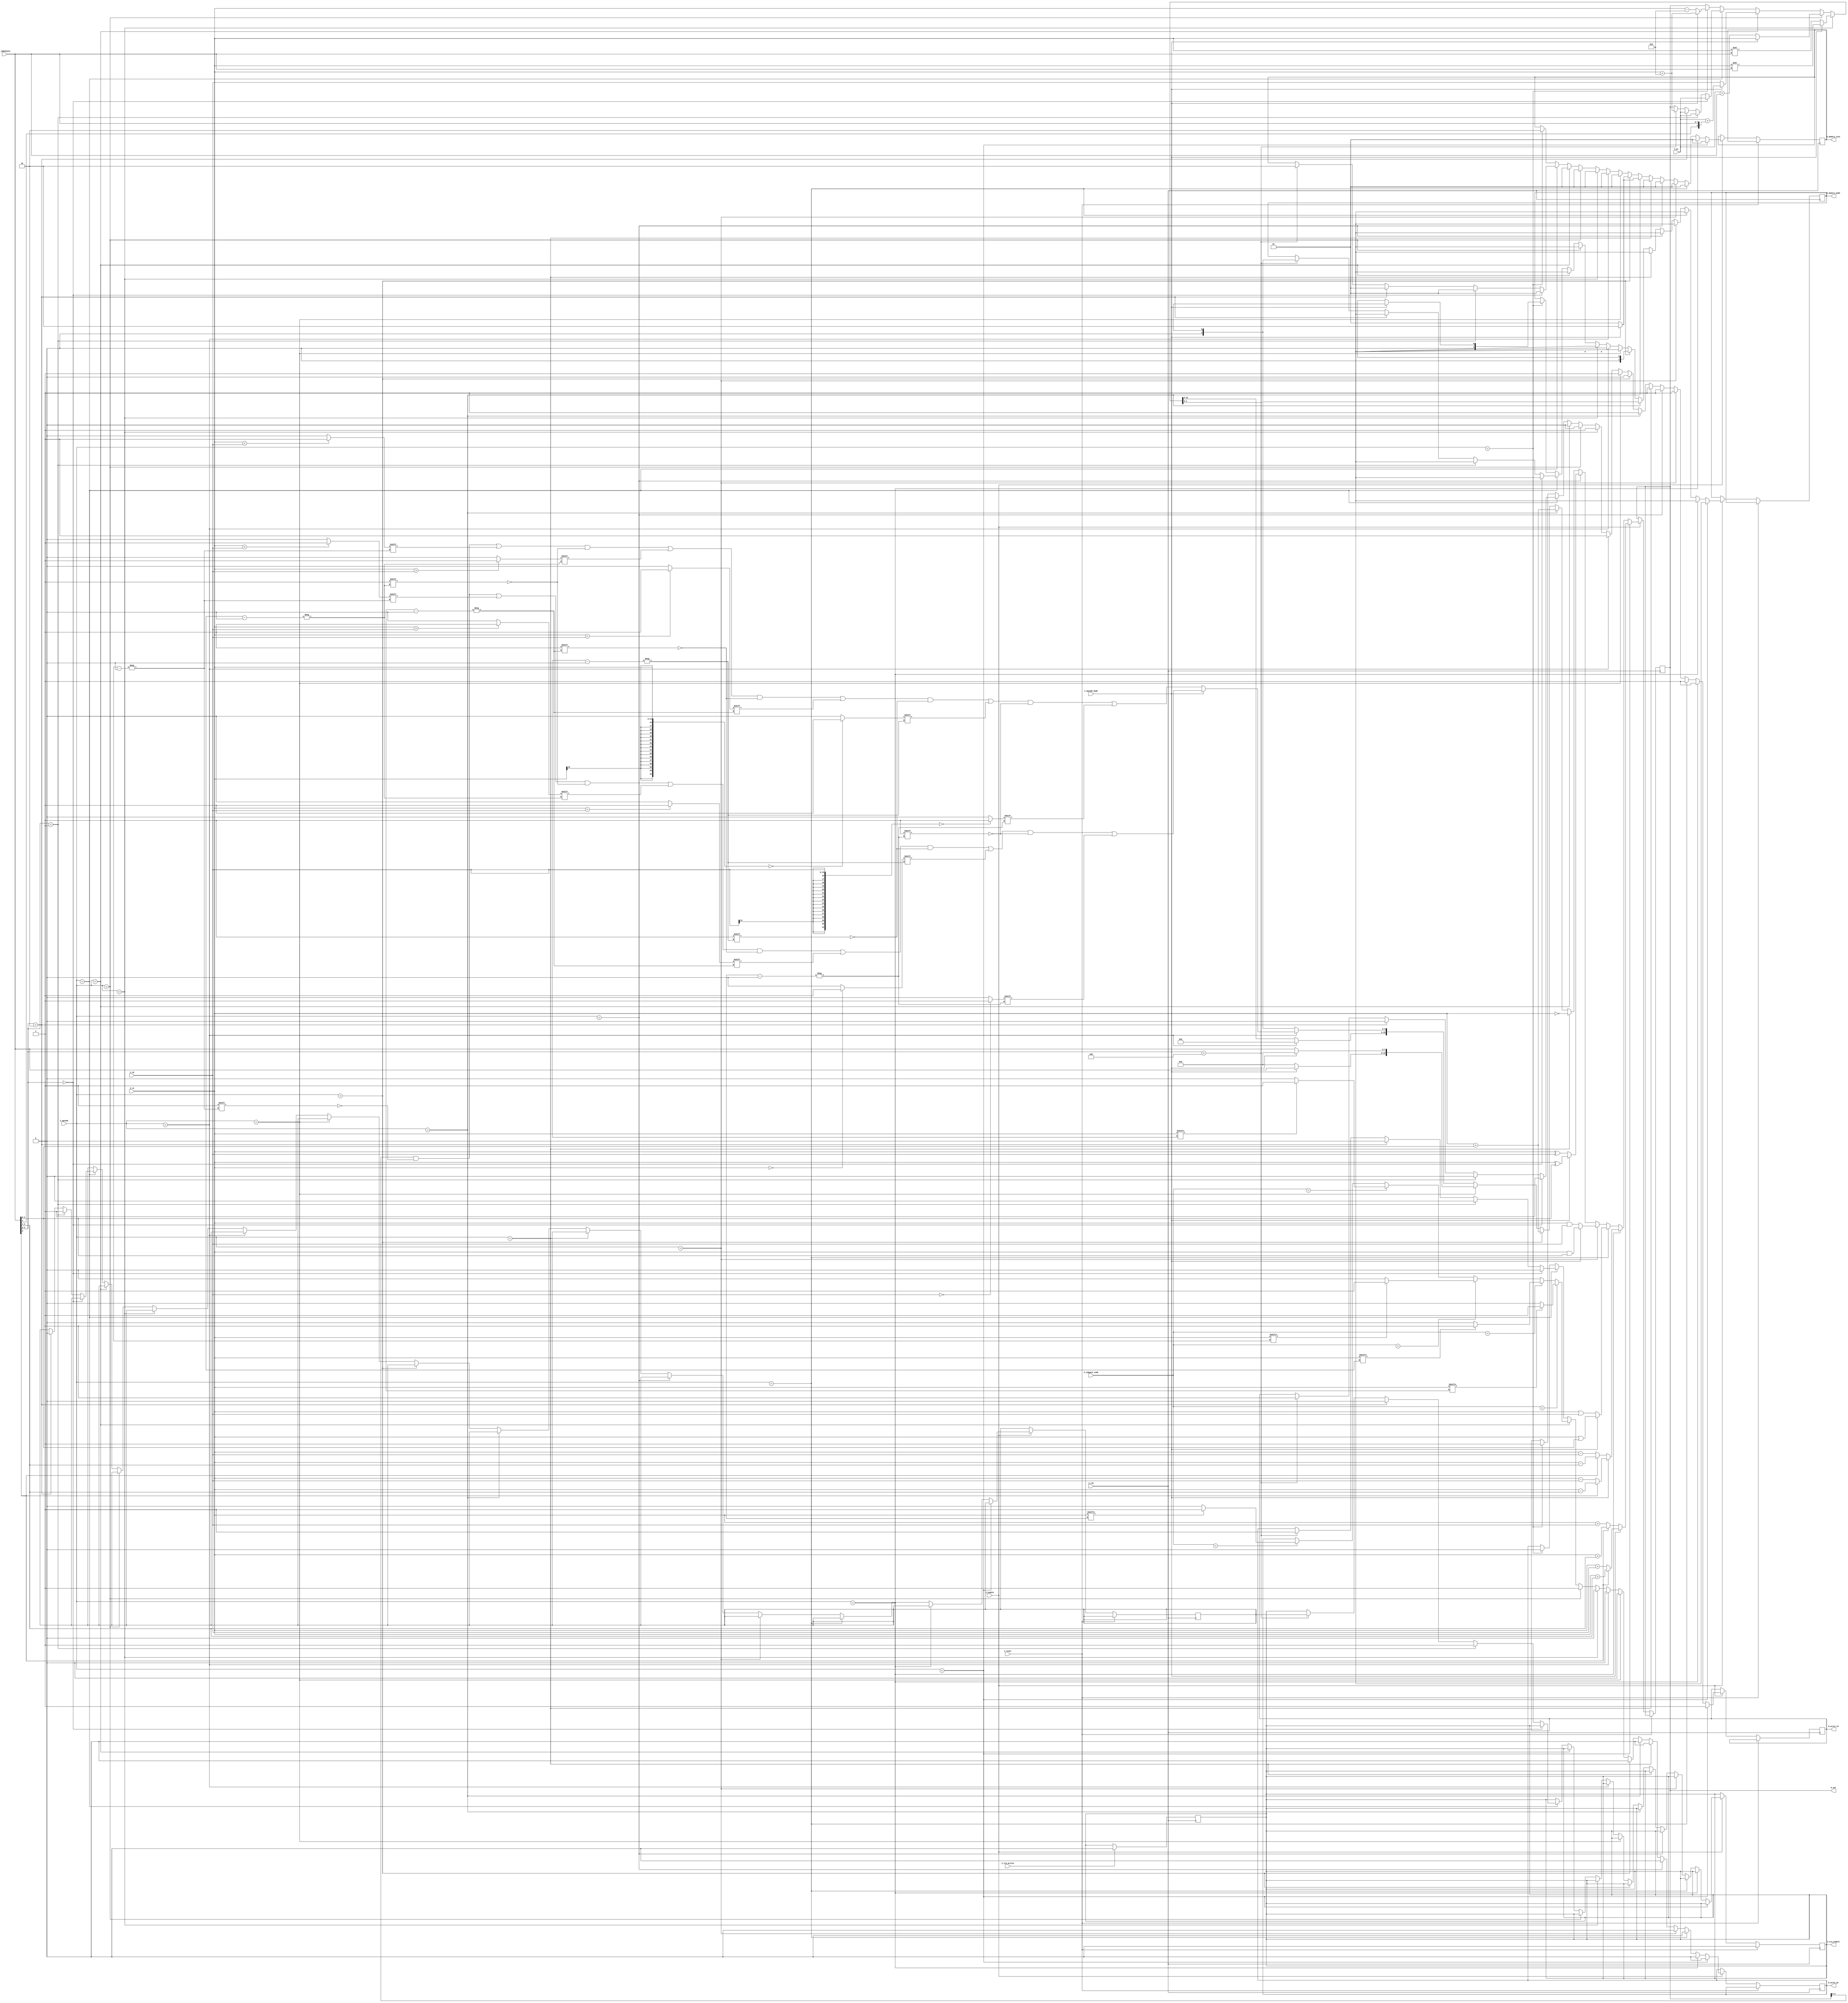
module alu(input wire I_clk,
    input wire I_reset,
    input wire I_enable,
    input wire[3:0] I_opcode,
    input wire I_opcode_mode,
    input wire[7:0] I_immediate,
    input wire[15:0] I_pc,
    input wire[15:0] I_rA,
    input wire[15:0] I_rB,
    input wire[2:0] I_compare_code,
    input wire I_irq_active,
    output reg[15:0] O_out,
    output reg O_write_rD,
    output reg O_write_pc,
    output reg O_irq_enable,
    output reg[1:0] O_memory_size,
    output reg[1:0] O_memory_mode);

localparam OPCODE_MODE_SIGNED = 1'b0;
localparam OPCODE_MODE_UNSIGNED = 1'b1;

localparam OPCODE_MODE_HI = 1'b1;
localparam OPCODE_MODE_LO = 1'b0;

localparam OPCODE_MODE_IMMEDIATE = 1'b1;

reg irq_recover = 0;

always @(posedge I_clk)
begin: IRQ_ACTIVE
    // ctrl-unit entered an interrupt
    // -> disable interrupts
    if (I_irq_active) begin
        O_irq_enable <= 0;
    end
end

always @(posedge I_clk)
begin: ALU
    if (I_reset) begin
        O_irq_enable <= 0;
    end
    else if (I_enable == 1) begin
        if (I_opcode == ADD)
        begin
            if (I_opcode_mode == OPCODE_MODE_SIGNED)
            begin
                if (I_immediate[0] == 1) begin
                    O_out <= $signed(I_rA) + $signed({{12{I_immediate[4]}}, I_immediate[4:1]});
                end
                else begin
                    O_out <= $signed(I_rA) + $signed(I_rB);
                end
            end
            else begin
                if (I_immediate[0] == 1) begin
                    O_out <= $unsigned(I_rA) + $unsigned({12'b0, I_immediate[4:1]});
                end
                else begin
                    O_out <= $unsigned(I_rA) + $unsigned(I_rB);
                end
            end
            O_write_pc <= 0;
            O_write_rD <= 1;
            O_memory_mode <= MEM_NOP;
            O_memory_size <= 1;
        end
        else if (I_opcode == SUB)
        begin
            if (I_opcode_mode == OPCODE_MODE_SIGNED)
            begin
                if (I_immediate[0] == 1) begin
                    O_out <= $signed(I_rA) - $signed({{12{I_immediate[4]}}, I_immediate[4:1]});
                end
                else begin
                    O_out <= $signed(I_rA) - $signed(I_rB);
                end
            end
            else begin
                if (I_immediate[0] == 1) begin
                    O_out <= $unsigned(I_rA) - $signed({12'b0, I_immediate[4:1]});
                end
                else begin
                    O_out <= $unsigned(I_rA) - $unsigned(I_rB);
                end
            end
            O_write_pc <= 0;
            O_write_rD <= 1;
            O_memory_mode <= MEM_NOP;
            O_memory_size <= 1;
        end
        else if (I_opcode == OR)
        begin
            if (I_opcode_mode == OPCODE_MODE_IMMEDIATE) begin
                O_out <= I_rA | {11'b0, I_immediate[4:0]};
            end 
            else begin 
                O_out <= I_rA | I_rB;
            end
            O_write_pc <= 0;
            O_write_rD <= 1;
            O_memory_mode <= MEM_NOP;
            O_memory_size <= 1;
        end
        else if (I_opcode == AND)
        begin
            if (I_opcode_mode == OPCODE_MODE_IMMEDIATE) begin
                O_out <= I_rA & {11'b0, I_immediate[4:0]};
            end 
            else begin 
                O_out <= I_rA & I_rB;
            end
            O_write_pc <= 0;
            O_write_rD <= 1;
            O_memory_mode <= MEM_NOP;
            O_memory_size <= 1;
        end
        else if (I_opcode == XOR)
        begin
            if (I_opcode_mode == OPCODE_MODE_IMMEDIATE) begin
                O_out <= I_rA ^ {11'b0, I_immediate[4:0]};
            end 
            else begin 
                O_out <= I_rA ^ I_rB;
            end
            O_write_pc <= 0;
            O_write_rD <= 1;
            O_memory_mode <= MEM_NOP;
            O_memory_size <= 1;
        end
        else if (I_opcode == NOT)
        begin
            O_out <= ~I_rA;
            O_write_pc <= 0;
            O_write_rD <= 1;
            O_memory_mode <= MEM_NOP;
            O_memory_size <= 1;
        end
        else if (I_opcode == READ)
        begin
            O_out <= $signed(I_rA) + $signed({{11{I_immediate[4]}}, I_immediate[4:0]});
            O_write_pc <= 0;
            O_write_rD <= 1;
            O_memory_mode <= MEM_READ;
            O_memory_size <= I_opcode_mode == 1 ? 2 : 1;
        end
        else if (I_opcode == WRITE)
        begin
            O_out <= $signed(I_rA) + $signed({{11{I_immediate[4]}}, I_immediate[4:0]});
            O_write_pc <= 0;
            O_write_rD <= 0;
            O_memory_mode <= MEM_WRITE;
            O_memory_size <= I_opcode_mode == 1 ? 2 : 1;
        end
        else if (I_opcode == LOAD)
        begin
            if (I_opcode_mode == OPCODE_MODE_HI)
            begin
                O_out[15:8] <= I_immediate;
                O_out[7:0] <= 0;
            end
            else begin
                O_out[15:8] <= 0;
                O_out[7:0] <= I_immediate;
            end
            O_write_pc <= 0;
            O_write_rD <= 1;
            O_memory_mode <= MEM_NOP;
            O_memory_size <= 1;
        end
        else if (I_opcode == CMP)
        begin
            if (I_opcode_mode == OPCODE_MODE_SIGNED)
            begin
                O_out[CMP_RB_GT_RA_BIT] <= $signed(I_rA) < $signed(I_rB) ? 1 : 0;
                O_out[CMP_RA_GT_RB_BIT] <= $signed(I_rA) > $signed(I_rB) ? 1 : 0;
                O_out[CMP_EQ_BIT]       <= $signed(I_rA) == $signed(I_rB) ? 1 : 0;
                O_out[CMP_RA_ZERO_BIT]  <= $signed(I_rA) == 0 ? 1 : 0;
                O_out[CMP_RB_ZERO_BIT]  <= $signed(I_rB) == 0 ? 1 : 0;
            end
            else
            begin
                O_out[CMP_RB_GT_RA_BIT] <= $unsigned(I_rA) < $unsigned(I_rB) ? 1 : 0;
                O_out[CMP_RA_GT_RB_BIT] <= $unsigned(I_rA) > $unsigned(I_rB) ? 1 : 0;
                O_out[CMP_EQ_BIT]       <= $unsigned(I_rA) == $unsigned(I_rB) ? 1 : 0;
                O_out[CMP_RA_ZERO_BIT]  <= $unsigned(I_rA) == 0 ? 1 : 0;
                O_out[CMP_RB_ZERO_BIT]  <= $unsigned(I_rB) == 0 ? 1 : 0;
            end
            O_out[15:5] <= 0;
            O_write_pc <= 0;
            O_write_rD <= 1;
            O_memory_mode <= MEM_NOP;
            O_memory_size <= 1;
        end
        else if (I_opcode == SHIFT)
        begin
            if (I_opcode_mode == 1) begin
                O_out <= I_rA >> $unsigned(I_immediate);
            end
            else begin
                O_out <= I_rA << $unsigned(I_immediate);
            end
            O_write_pc <= 0;
            O_write_rD <= 1;
            O_memory_mode <= MEM_NOP;
            O_memory_size <= 1;
        end
        else if (I_opcode == JMP)
        begin
            if (I_opcode_mode == 0) begin
                O_out <= $signed(I_pc) + $signed({{8{I_immediate[7]}}, I_immediate});
            end
            else begin
                O_out <= I_rA;
            end
            O_write_pc <= 1;
            O_write_rD <= 0;
            O_memory_mode <= MEM_NOP;
            O_memory_size <= 1;
        end
        else if (I_opcode == JMPC)
        begin
            if (I_opcode_mode == 1) begin
                O_out <= $signed(I_pc) + $signed({{8{I_immediate[4]}}, I_immediate});
            end
            else begin
                O_out <= I_rB;
            end

            O_memory_mode <= MEM_NOP;
            O_memory_size <= 1;
            O_write_rD <= 0;

            if (I_compare_code == CMP_CODE_EQ)
            begin
                O_write_pc <= I_rA[CMP_EQ_BIT] == 1 ? 1 : 0;
            end
            else if(I_compare_code == CMP_CODE_RA_GT_RB)
            begin
                O_write_pc <= I_rA[CMP_RA_GT_RB_BIT] == 1 ? 1 : 0;
            end
            else if(I_compare_code == CMP_CODE_RB_GT_RA)
            begin
                O_write_pc <= I_rA[CMP_RB_GT_RA_BIT] == 1 ? 1 : 0;
            end
            else if(I_compare_code == CMP_CODE_RA_ZERO)
            begin
                O_write_pc <= I_rA[CMP_RA_ZERO_BIT] == 1 ? 1 : 0;
            end
            else if(I_compare_code == CMP_CODE_RB_ZERO)
            begin
                O_write_pc <= I_rA[CMP_RB_ZERO_BIT] == 1 ? 1 : 0;
            end
        end
        else if(I_opcode == SPECIAL)
        begin
            // Save pc
            if (I_immediate[2:0] == 3'b000) begin 
                O_out <= I_pc;
                O_memory_mode <= MEM_NOP;
                O_write_rD <= 1;
                O_write_pc <= 0;
                O_memory_size <= 1;
            end
            // Enable irq
            else if (I_immediate[2:0] == 3'b001) begin 
                O_out <= I_pc;
                O_memory_mode <= MEM_NOP;
                O_write_rD <= 0;
                O_write_pc <= 0;
                O_memory_size <= 1;
                O_irq_enable <= 1;
                irq_recover <= 1;
            end
            // Disable irq
            else if (I_immediate[2:0] == 3'b010) begin 
                O_out <= I_pc;
                O_memory_mode <= MEM_NOP;
                O_write_rD <= 0;
                O_write_pc <= 0;
                O_memory_size <= 1;
                O_irq_enable <= 0;
                irq_recover <= 0;
            end
            // Return from irq
            else if (I_immediate[2:0] == 3'b100) begin 
                O_out <= $signed(I_rA) + 2;
                O_memory_mode <= MEM_READ;
                O_write_rD <= 1;
                O_write_pc <= 1;
                O_memory_size <= 2;
                O_irq_enable <= irq_recover;
            end
        end
        else if(I_opcode == STACK)
        begin
            if (I_opcode_mode == 0) begin
                // PUSH
                O_out <= $signed(I_rA) - 2;
                O_memory_mode <= MEM_WRITE;
                O_write_rD <= 1;
                O_write_pc <= 0;
                O_memory_size <= 2;
            end 
            else if (I_opcode_mode == 1) begin
                // POP
                O_out <= $signed(I_rA) + 2;
                O_memory_mode <= MEM_READ;
                O_write_rD <= 1;
                O_write_pc <= 0;
                O_memory_size <= 2;
            end
        end
    end
end
endmodule